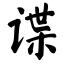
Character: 谍